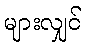
များလျှင်